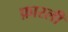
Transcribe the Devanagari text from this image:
फ़ारली